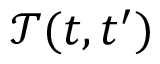
\mathcal { T } ( t , t ^ { \prime } )